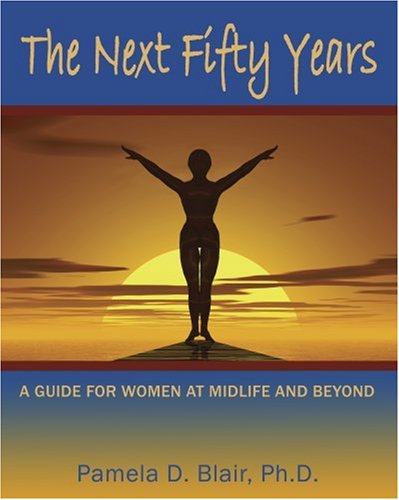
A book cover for The Next Fifty Years: A Guide for Women at Midlife and Beyond; Pamela D. Blair; Self-Help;